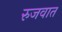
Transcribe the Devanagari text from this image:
रुजवात